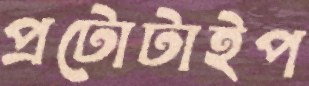
প্রটোটাইপ